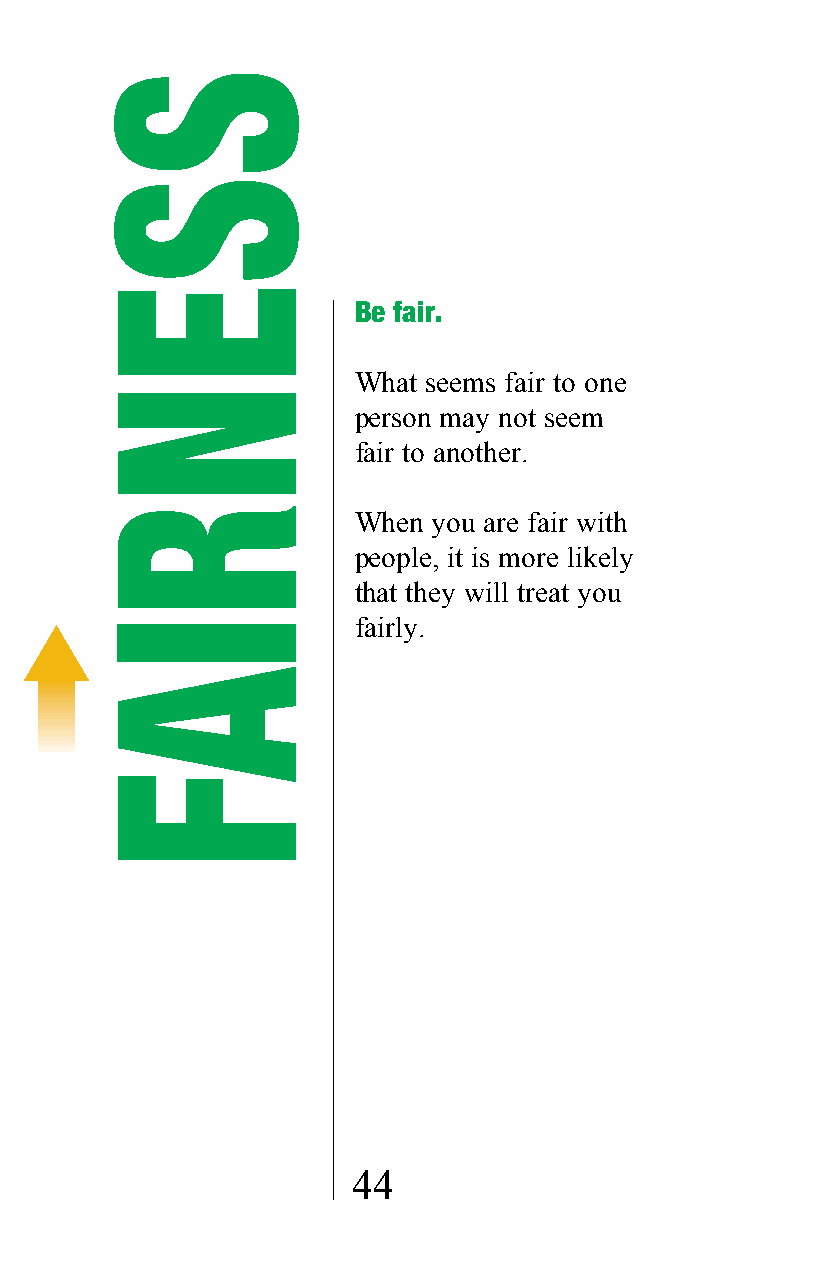
Be fair.
 What seems fair to one
 person may not seem
 fair to another.
 When  you are fair with
 people, it is more likely
 that they will treat you
 fairly.
 44
 SSENRIAF